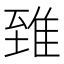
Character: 𨾽